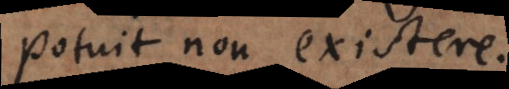
potuit non existere.